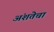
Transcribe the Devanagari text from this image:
अंशतेचा